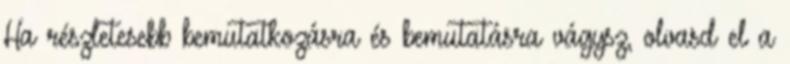
Ha részletesebb bemutatkozásra és bemutatásra vágysz, olvasd el a